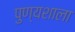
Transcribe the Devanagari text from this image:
पुण्यशाला